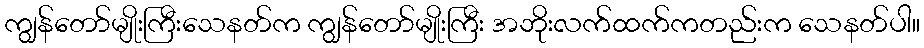
ကျွန်တော်မျိုးကြီးသေနတ်က ကျွန်တော်မျိုးကြီး အဘိုးလက်ထက်ကတည်းက သေနတ်ပါ။